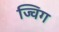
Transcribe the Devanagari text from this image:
ज्विग